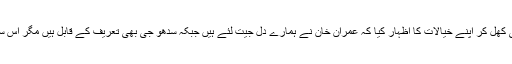
جبکہ کرتار پور میں آئے سکھ یاتریوں نے بھی کھل کر اپنے خیالات کا اظہار کیا کہ عمران خان نے ہمارے دل جیت لئے ہیں جبکہ سدھو جی بھی تعریف کے قابل ہیں مگر اس سارے عمل میں نریندر مودی کا کوئی ہاتھ نہیں۔